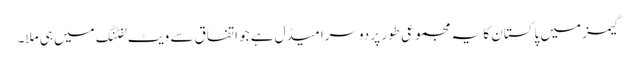
گیمز میں پاکستان کا یہ مجموعی طور پر دوسرا میڈل ہے جو اتفاق سے ویٹ لفٹنگ میں ہی ملا۔